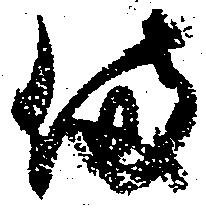
備